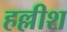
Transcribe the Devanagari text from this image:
हल्लीश